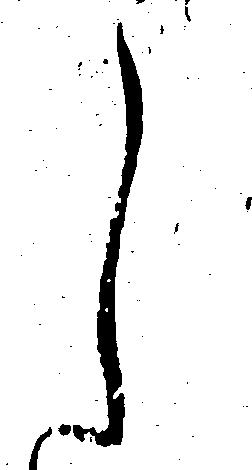
し